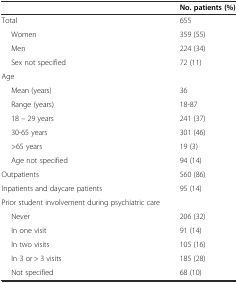
<table><thead><tr><td></td><td><b>No. patients (%)</b></td></tr></thead><tbody><tr><td>Total</td><td>655</td></tr><tr><td>Women</td><td>359 (55)</td></tr><tr><td>Men</td><td>224 (34)</td></tr><tr><td>Sex not specified</td><td>72 (11)</td></tr><tr><td>Age</td><td></td></tr><tr><td>Mean (years)</td><td>36</td></tr><tr><td>Range (years)</td><td>18-87</td></tr><tr><td>18 – 29 years</td><td>241 (37)</td></tr><tr><td>30-65 years</td><td>301 (46)</td></tr><tr><td>&gt;65 years</td><td>19 (3)</td></tr><tr><td>Age not specified</td><td>94 (14)</td></tr><tr><td>Outpatients</td><td>560 (86)</td></tr><tr><td>Inpatients and daycare patients</td><td>95 (14)</td></tr><tr><td>Prior student involvement during psychiatric care</td><td></td></tr><tr><td>Never</td><td>206 (32)</td></tr><tr><td>In one visit</td><td>91 (14)</td></tr><tr><td>In two visits</td><td>105 (16)</td></tr><tr><td>In 3 or &gt; 3 visits</td><td>185 (28)</td></tr><tr><td>Not specified</td><td>68 (10)</td></tr></tbody></table>